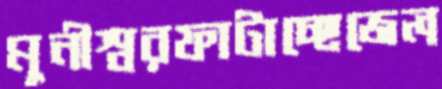
মুনীশ্বরফাটাচ্ছেজেল